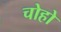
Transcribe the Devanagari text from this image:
चोहो